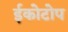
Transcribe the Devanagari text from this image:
ईकोटोप